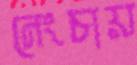
নেংচায়